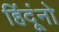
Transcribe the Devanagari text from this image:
हिंदूंनो